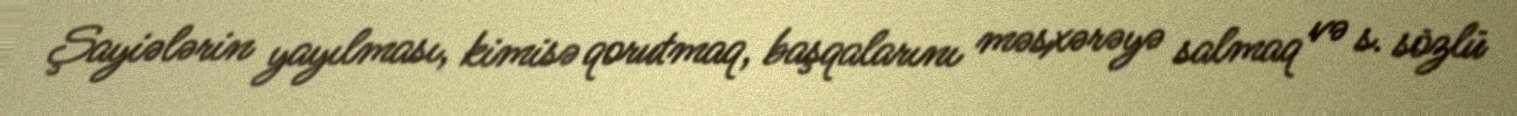
Şayiələrin yayılması, kimisə qorutmaq, başqalarını məsxərəyə salmaq və s. sözlü